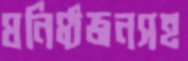
ঘনিষ্ঠজনসহ